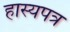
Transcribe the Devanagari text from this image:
हास्यपत्र